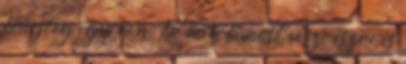
tényleg így van. De miért most veszi észre és